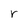
Character: r